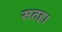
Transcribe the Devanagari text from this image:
सतह।